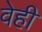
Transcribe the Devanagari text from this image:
वेही